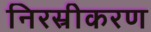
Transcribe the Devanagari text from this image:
निरस्रीकरण